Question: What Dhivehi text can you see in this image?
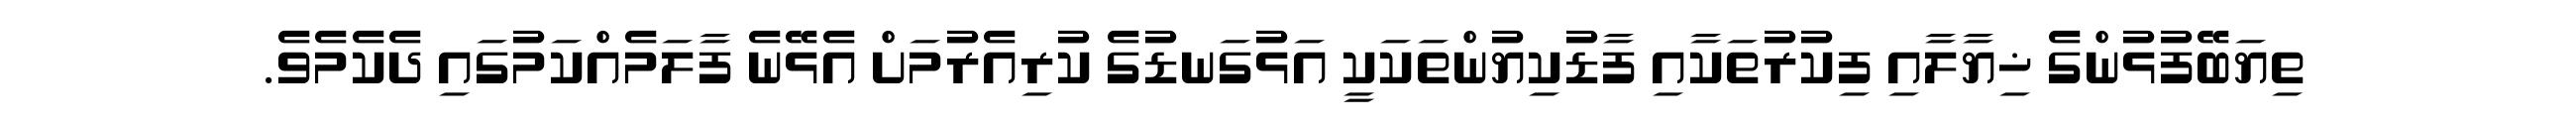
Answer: ތިޔަބޭފުޅުންގެ ޚިޔާލާއި ފިކުރުތަކާއި ފާޑުކިޔުންތަކަކީ އަޅުގަނޑުގެ ކުރިއެރުމަށް އެޅޭނެ ފާލަމެއްކަމުގައި ދެކެމެވެ.